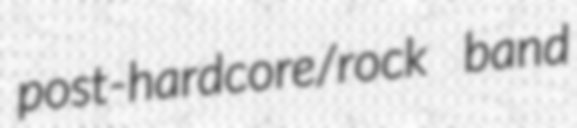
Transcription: post-hardcore/rock band